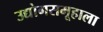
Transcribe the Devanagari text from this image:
उद्योगसमूहाला